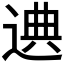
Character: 𰻁